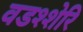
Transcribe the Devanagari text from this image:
वडश्शेरि